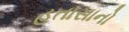
હતાસાનો